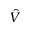
\hat { V }